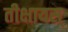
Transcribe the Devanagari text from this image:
तीक्षायस्